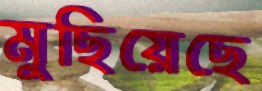
মুছিয়েছে